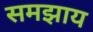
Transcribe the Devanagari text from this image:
समझाय